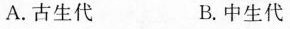
A.古生代 B.中生代